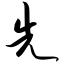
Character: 先